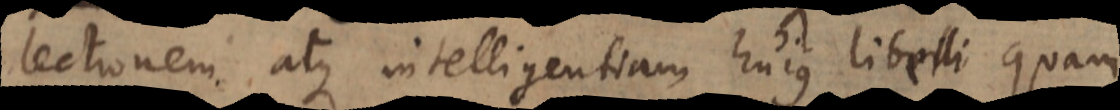
lectionem atque intelligentiam hujus libelli quam